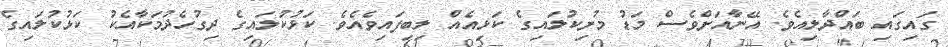
ގައިގައި ބައްދާލިއެވެ. އޭނާއަށްވެސް މަޑު މުށިކުލައިގެ ކަޅިއެއް ލިބިފައިވެއެވެ. ކަޅުކުލައިގެ ދިގުހެދުމަކާއެކު ކަޅުކުލައިގެ